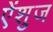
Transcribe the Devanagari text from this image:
ऐंशुज